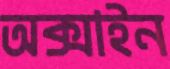
অক্সাইন